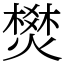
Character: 燓